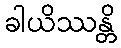
ခါယိဿန္တိ